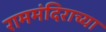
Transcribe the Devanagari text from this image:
राममंदिराच्या